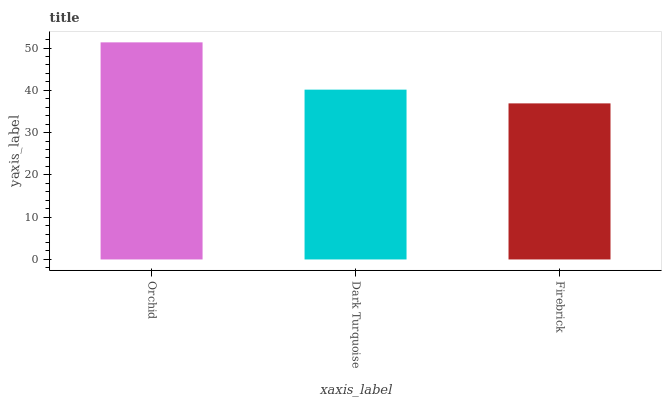
| xaxis_label | bars |
 | --- | --- |
 | Orchid | 51.3 |
 | Dark Turquoise | 40.2 |
 | Firebrick | 36.9 |